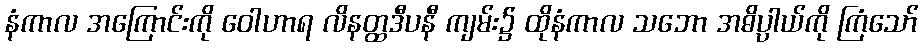
နံကာလ အကြောင်းကို ဝေါဟာရ လိနတ္ထဒီပနီ ကျမ်း၌ ထိုနံကာလ သဘော အဓိပ္ပါယ်ကို ကြံသော်